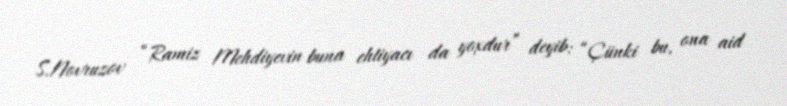
S.Novruzov “Ramiz Mehdiyevin buna ehtiyacı da yoxdur” deyib: “Çünki bu, ona aid